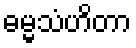
ဓမ္မသံဟိတာ